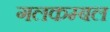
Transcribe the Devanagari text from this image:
गलकम्बल